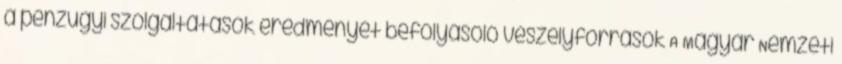
a pénzügyi szolgáltatások eredményét befolyásoló veszélyforrások A Magyar Nemzeti